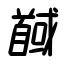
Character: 馘